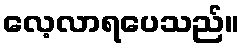
လေ့လာရပေသည်။